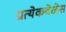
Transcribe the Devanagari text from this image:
प्रत्येकवेळेस